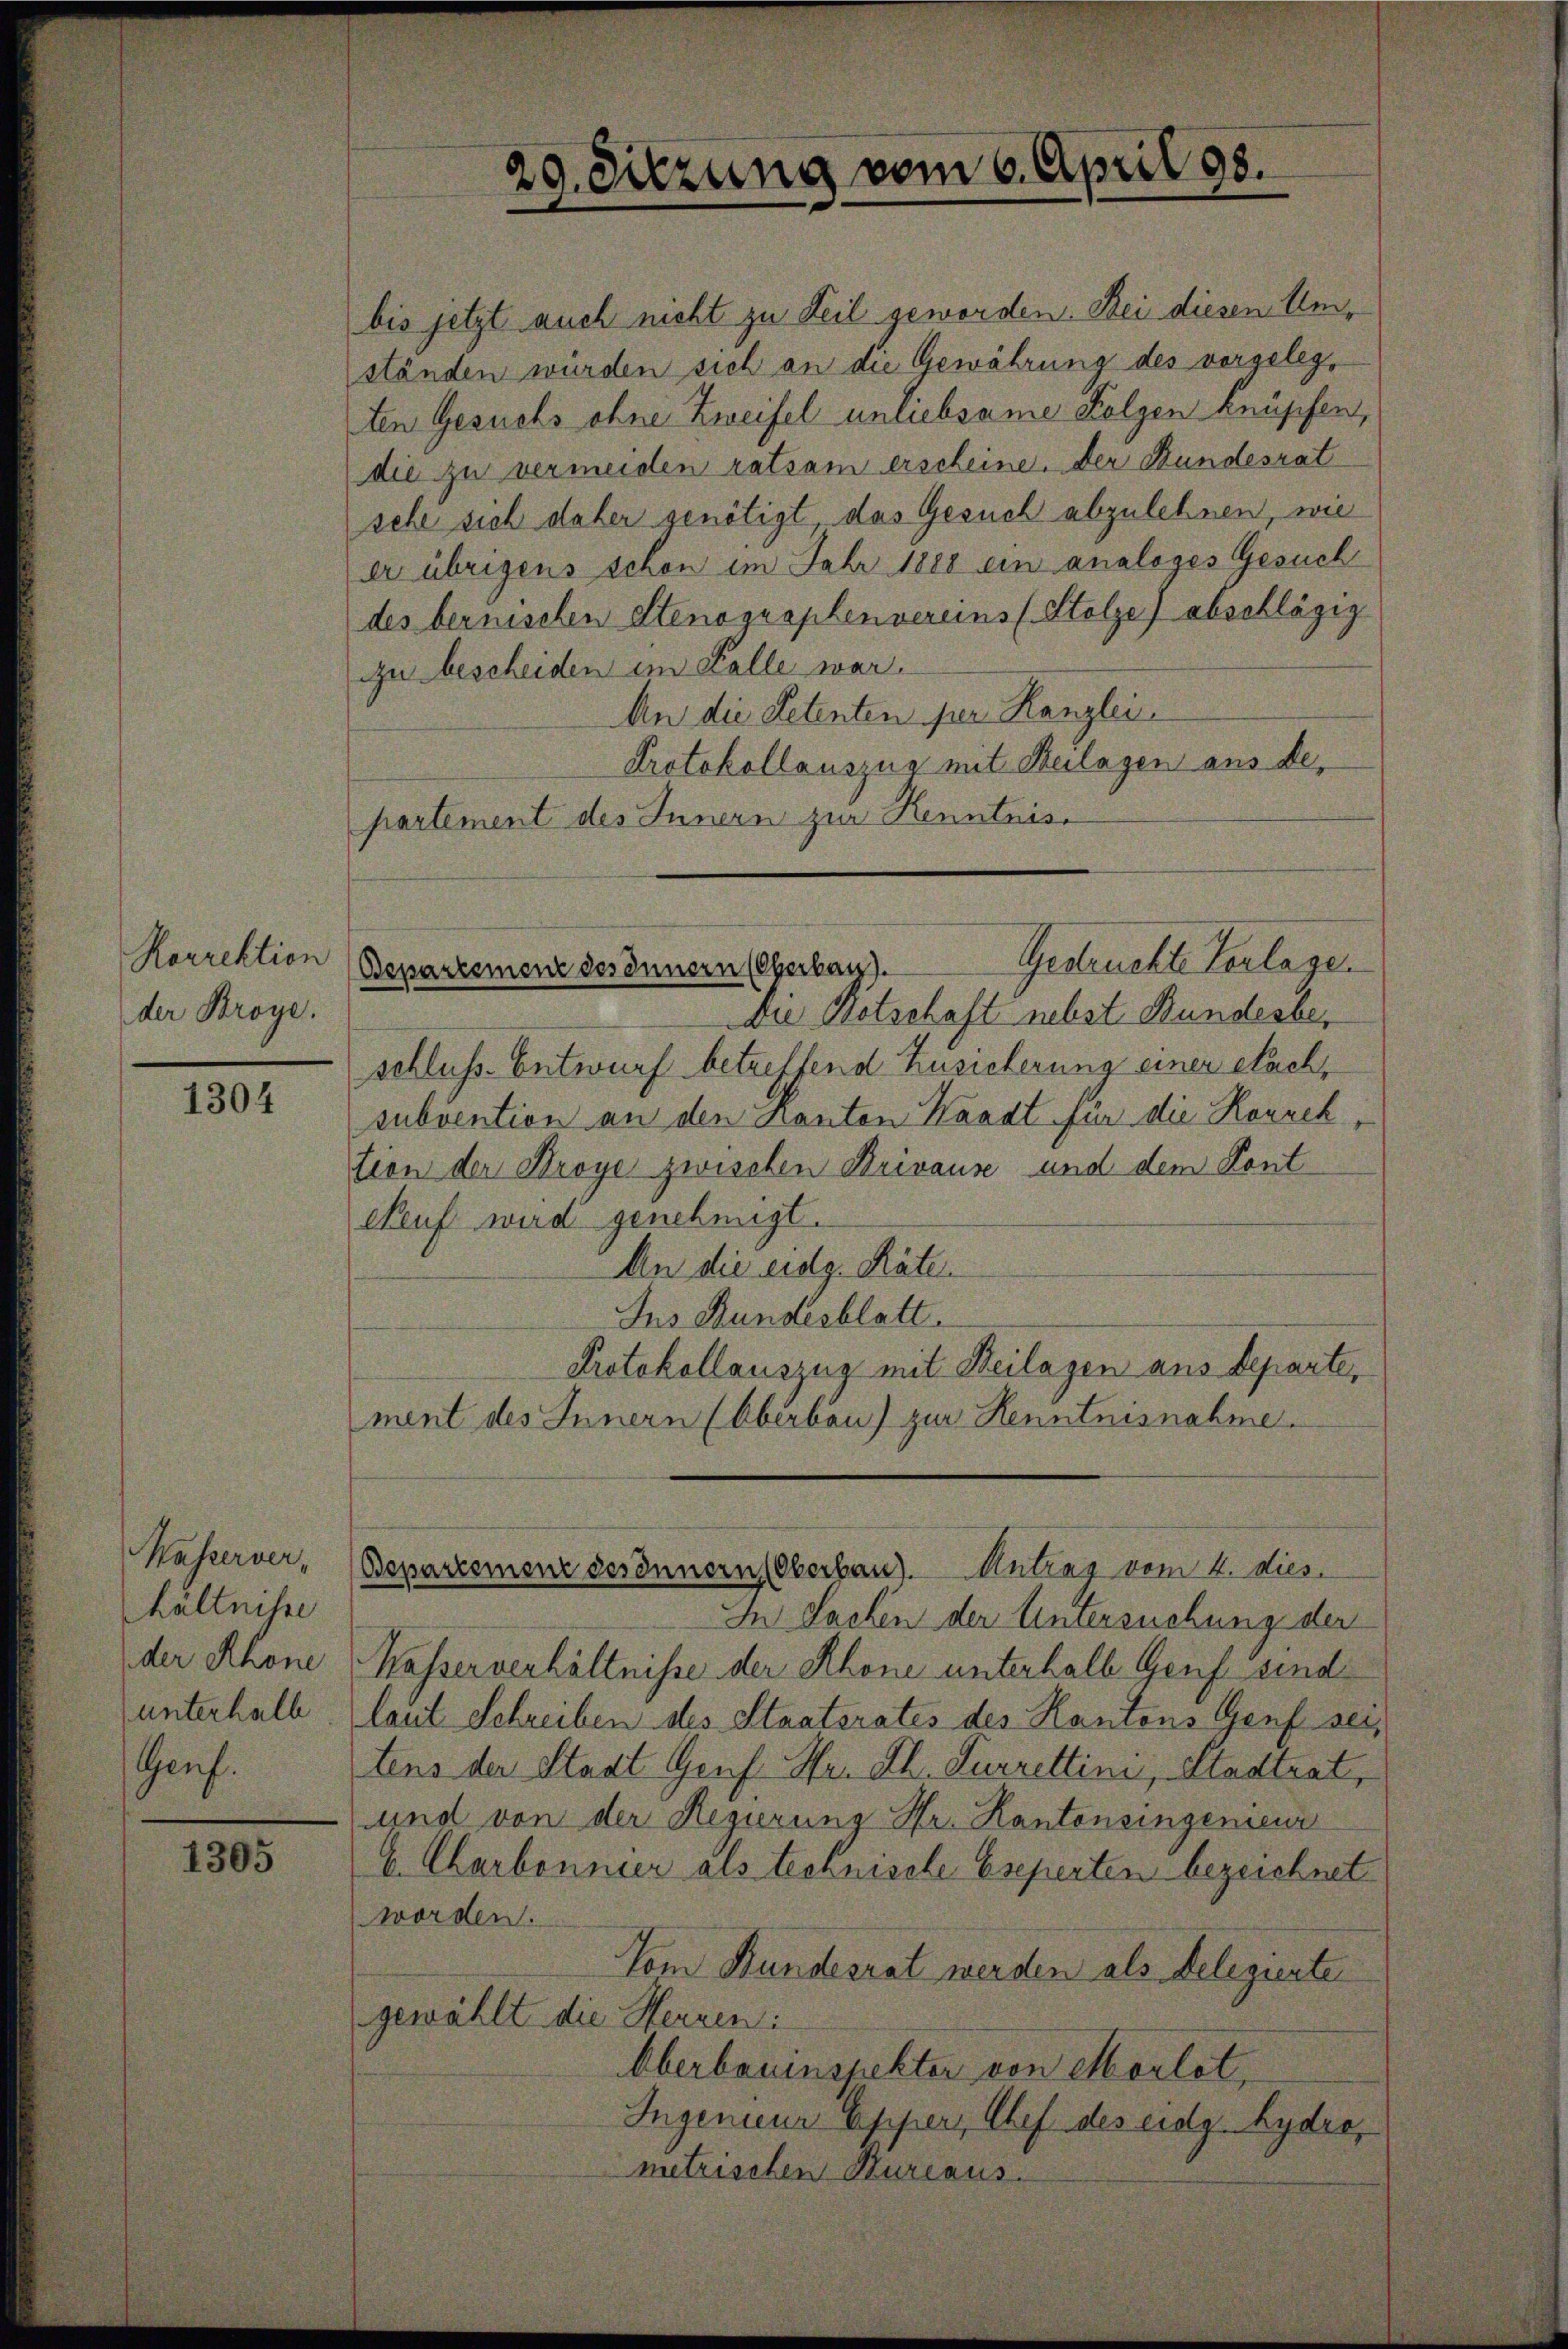
Rorrektion
der Broye.

1304

Wasserverhältnisse
der Rhone
unterhalb
Genf.

1305

29. Sitzung vom 6. April 198.

bis jetzt auch nicht zu Teil geworden. Bei diesen Umständen wurden sich an die Gewährung des vorgelegten Gesuchs ohne Zweifel unliebsame Folgen knüpfen,
die zu vermeiden ratsam erscheine. Der Bundesrat
sehe sich daher genötigt das Gesuch abzulehnen, wie
er übrigens schon im Jahr 1888 ein analoges Gesuch
des bernischen Stenographenvereins (Stolze) abschlägig
zu bescheiden im Falle war.
An die Petenten per Kanzlei
Protokollauszug mit Beilagen aus departement des Innern zur Kenntnis

Gestruckte Verlage.
Bepartement des Innern (Oberbau).
Die Botschaft nebst Bundesbe¬

schluss. Entwurf betreffend Zusicherung einer Stachsubvention an den Kanton Waadt für die Konzek
tion der Stroye zwischen Brivause und dem Kont
Neuf wird genehmigt.
An die eidg. Räten
Ins Bundesblatt.
Protokollauszug mit Beilagen aus Departe,
ment des Innern (Oberbau) zur Kenntnisnahme.
In Sachen der Untersuchung der
Kasserverhältnisse der Rhone unterhalb Genf sind
laut Schreiben des Staatsrates des Kantons Genf sei,
tens der Stadt Graf Hr. Rh. Furrettini, Stadtrat,
und von der Regierung Hr. Kantonsingenieur
6. Charbonnier als technische Eseperten bezeichnet
worden.
Vom Bundesrat werden als Delegierten
gewählt die Herren:
Oberbauinspektor von Morlot,
Ingenieur Opper, Chef des eidg. hydro,
metrischen Kureaus.

Bepartement desinnern (Oberbau). Antrag vom 4. dies